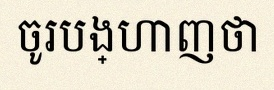
ចូរបង្ហាញថា